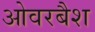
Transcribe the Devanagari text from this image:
ओवरबैश